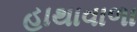
હાથાવાળા